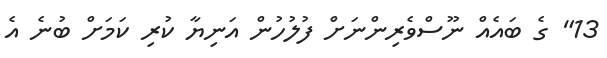
13" ގެ ބައެއް ނޫސްވެރިންނަށް ފުލުހުން އަނިޔާ ކުރި ކަމަށް ބުނެ އެ